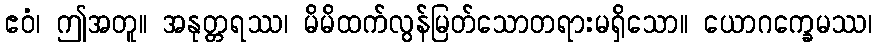
ဧဝံ၊ ဤအတူ။ အနုတ္တရဿ၊ မိမိထက်လွန်မြတ်သောတရားမရှိသော။ ယောဂက္ခေမဿ၊